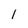
Character: 1